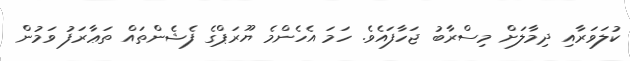
ކުލަވަރާއި ދިމާލަށް މިސްރާބު ޖަހާފައެވެ. ހަމަ އެހެންމެ ޔޫރަޕްގެ ފެޝެންތައް ތަޢާރަފު ވަމުން